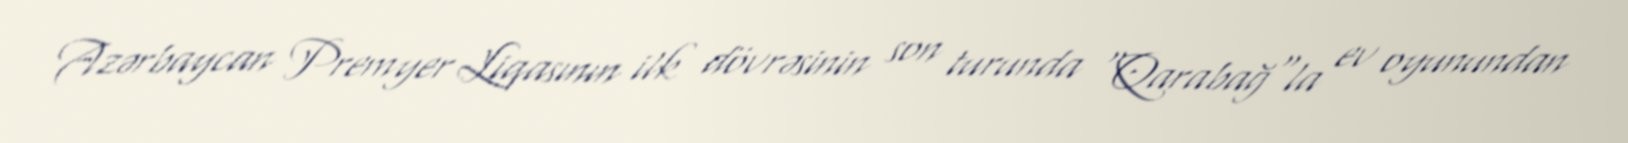
Azərbaycan Premyer Liqasının ilk dövrəsinin son turunda "Qarabağ"la ev oyunundan